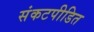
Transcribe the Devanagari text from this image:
संकटपीडित